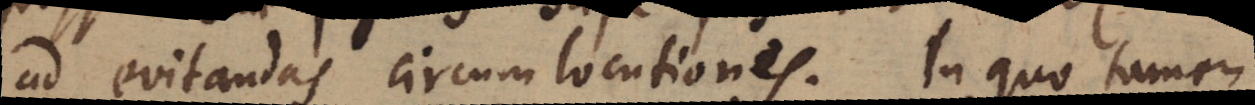
ad evitandas circumlocutiones. In quo tamen